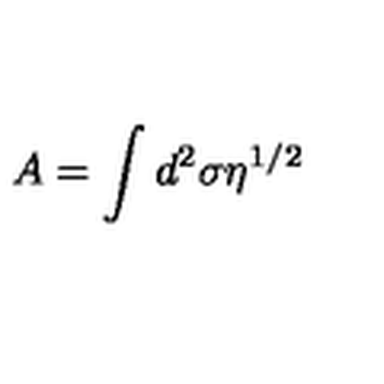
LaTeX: A = \int d ^ { 2 } \sigma \eta ^ { 1 / 2 }